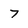
Character: 7